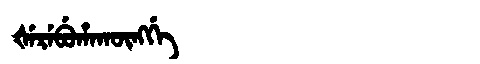
Manchu: ᡧᡝᡵᡝᠪᡠᡥᠠᡴᡡᠩᡤᡝ
Romanization: ŠEREBUHAKŪNGGE